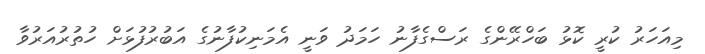
މިއަހަރު ކުރީ ކޮޅު ބަހްރޭންގެ ރަސްގެފާނު ހަމަދު ވަނީ އެމަނިކުފާނުގެ އަބުރުފުޅަށް ހުތުރުއަރުވާ